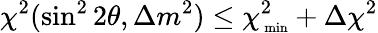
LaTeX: \chi^{2}(\sin^{2}2\theta,\Delta m^{2})\leq\chi_{\mathrm{\scriptsize~min}}^{2}+\Delta\chi^{2}